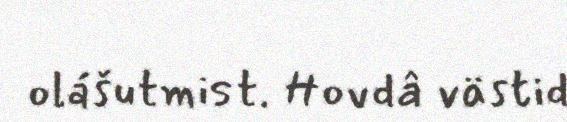
olášutmist. Hovdâ västid